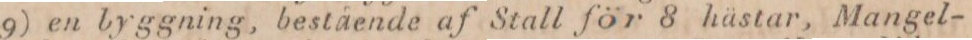
9) en byggning, bestående af Stall för 8 hästar, Mangel-